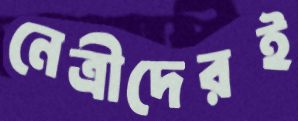
নেত্রীদেরই